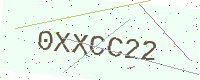
Text: 0XXCC22